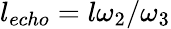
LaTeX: l_{echo}=l\omega_{2}/\omega_{3}